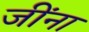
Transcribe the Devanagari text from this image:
जींना